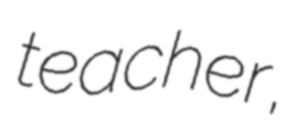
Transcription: teacher,